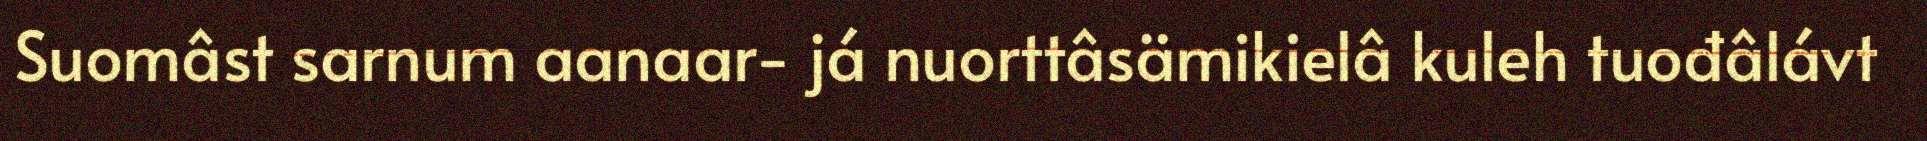
Suomâst sarnum aanaar- já nuorttâsämikielâ kuleh tuođâlávt